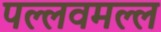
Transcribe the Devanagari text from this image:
पल्लवमल्ल